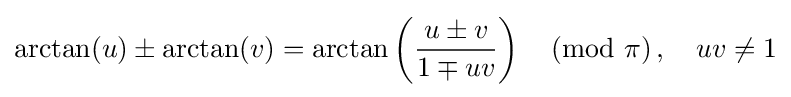
\arctan(u)\pm \arctan(v)=\arctan \left({\frac {u\pm v}{1\mp uv}}\right){\pmod {\pi }}\,,\quad uv\neq 1